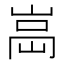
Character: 𡸿